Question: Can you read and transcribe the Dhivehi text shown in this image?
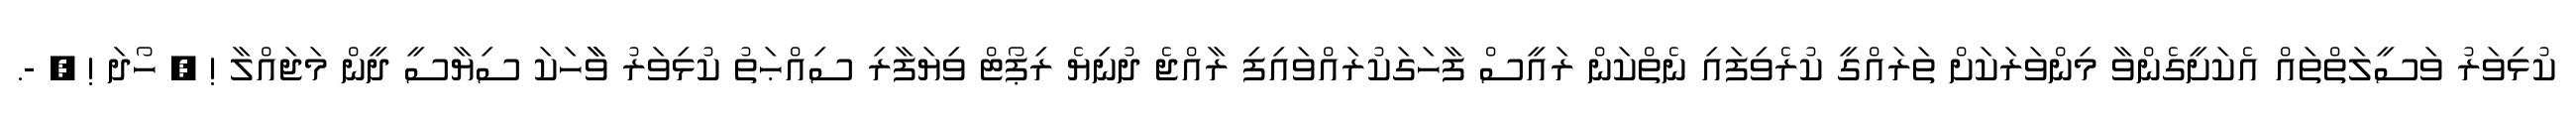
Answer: ކުޅިވަރު ވަސީލަތްތައް އެކަށީގެންވާ މިންވަރަކަށް ތަރައްގީ ކުރެވިފައި ނެތްކަން ރައީސް ފާހަގަކުރައްވައިފި ރާއްޖެ ދުނިޔެ ރިޕޯޓް ވިޔަފާރި ސިއްޙަތު ކުޅިވަރު ވާާހަކަ ސިޔާސީ ދީން މަޖައްލާ ! ? ހޯދަ ! ? -.